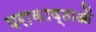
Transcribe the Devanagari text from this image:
पराकाष्ठाओं